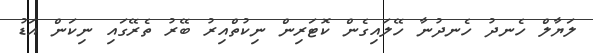
ލަޔާލް ހެނދު ހެނދުނާ ހޭލައިގެން ކޮޓަރިން ނިކުތްއިރު ބޭރު ތެރޭގައި ނިކަން އަޑު